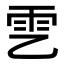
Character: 𩁶